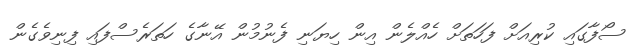
ސޯފާގައި ކުރިއަށް ފަހަަތަށް ހެއްލެން އިން ހިޔަނި ފެނުމުން އޭނާގެ ހަތަރެސްފައި ފިނިވެގެން